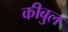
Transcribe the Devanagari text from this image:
कीबुल